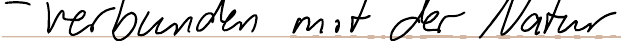
- verbunden mit der Natur